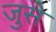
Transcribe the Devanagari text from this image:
जुसे